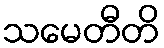
သမေတီတိ